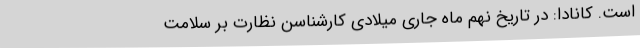
است. کانادا: در تاریخ نهم ماه جاری میلادی کارشناسن نظارت بر سلامت